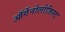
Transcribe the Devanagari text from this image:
ऑर्गेनोलोजिस्ट